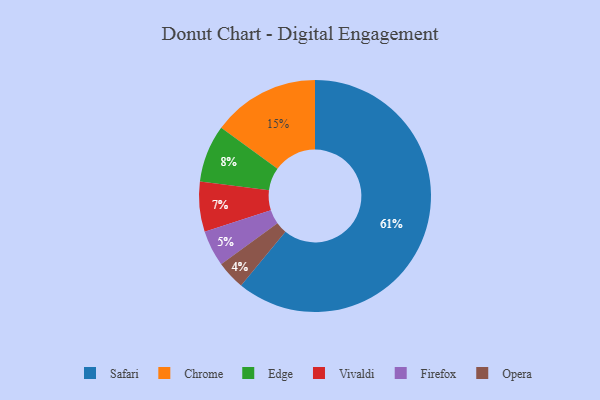
{"axis": {"x": "Category", "y": "Percentage"}, "legend": ["Chrome", "Edge", "Firefox", "Opera", "Safari", "Vivaldi"], "data": [{"x": "Opera", "y": 4, "type": "Opera"}, {"x": "Vivaldi", "y": 7, "type": "Vivaldi"}, {"x": "Firefox", "y": 5, "type": "Firefox"}, {"x": "Edge", "y": 8, "type": "Edge"}, {"x": "Safari", "y": 61, "type": "Safari"}, {"x": "Chrome", "y": 15, "type": "Chrome"}]}